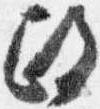
政